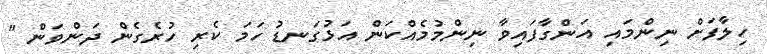
ހިލާފަށް ނިންމައި އަންގާފައިވާ ނިންމުމެއްކަން އަޅުގަނޑު ހަމަ ކެރި ހުރެގެން ދަންވަން "